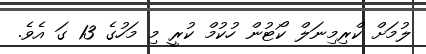
ލުމަށް ކްރިމިނަލް ކޯޓުން ހުކުމް ކުރީ މި މަހުގެ 13 ގަ އެވެ.